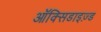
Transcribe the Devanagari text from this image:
ऑक्सिडाइज़्ड